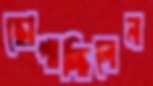
ছোপাচ্ছিলেন